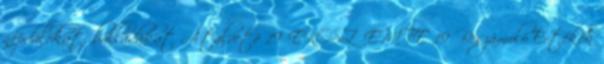
népdalokat, balladákat Átalvetõ 19 EKOSZ EMTE 19 Beszámoló Értékek